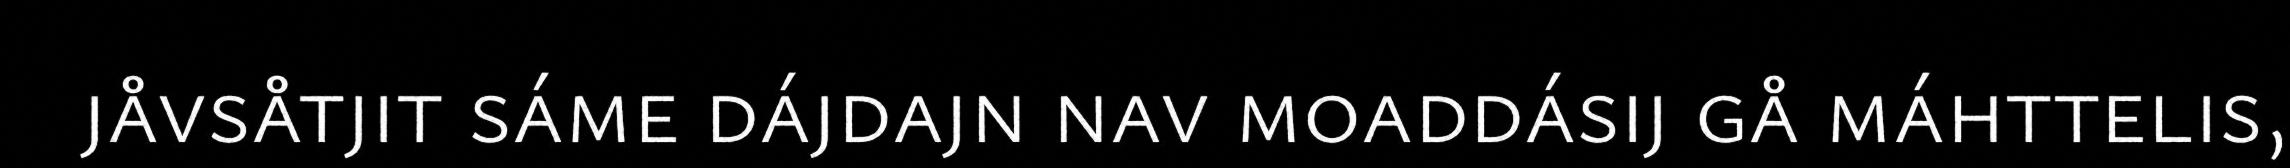
jåvsåtjit sáme dájdajn nav moaddásij gå máhttelis,